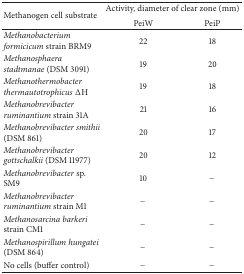
<table><thead><tr><td rowspan="2"><b>Methanogen cell substrate</b></td><td colspan="2"><b>Activity, diameter of clear zone (mm)</b></td></tr><tr><td><b>PeiW</b></td><td><b>PeiP</b></td></tr></thead><tbody><tr><td><i>Methanobacterium formicicum</i> strain BRM9</td><td>22</td><td>18</td></tr><tr><td><i>Methanosphaera stadtmanae </i>(DSM 3091)</td><td>19</td><td>20</td></tr><tr><td><i>Methanothermobacter thermautotrophicus</i>ΔH</td><td>19</td><td>18</td></tr><tr><td><i>Methanobrevibacter ruminantium</i> strain 31A</td><td>21</td><td>16</td></tr><tr><td><i>Methanobrevibacter smithii</i> (DSM 861)</td><td>20</td><td>17</td></tr><tr><td><i>Methanobrevibacter gottschalkii </i>(DSM 11977)</td><td>20</td><td>12</td></tr><tr><td><i>Methanobrevibacter </i>sp. SM9</td><td>10</td><td>−</td></tr><tr><td><i>Methanobrevibacter ruminantium</i> strain M1</td><td>−</td><td>−</td></tr><tr><td><i>Methanosarcina barkeri</i> strain CM1</td><td>−</td><td>−</td></tr><tr><td><i>Methanospirillum hungatei </i>(DSM 864)</td><td>−</td><td>−</td></tr><tr><td>No cells (buffer control)</td><td>−</td><td>−</td></tr></tbody></table>